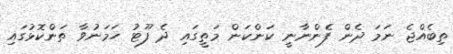
ތިބެއްޖެ ނަމަ ދެން ފެންނާނީ ކަންކަން މަތީގައި ދެ ފޫޓު ހަމަނުވާ ތަންކޮޅުގައި